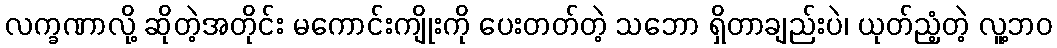
လက္ခဏာလို့ ဆိုတဲ့အတိုင်း မကောင်းကျိုးကို ပေးတတ်တဲ့ သဘော ရှိတာချည်းပဲ၊ ယုတ်ညံ့တဲ့ လူ့ဘဝ